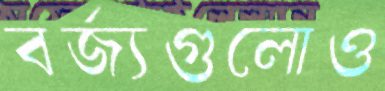
বর্জ্যগুলোও